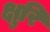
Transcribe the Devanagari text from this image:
क्षुरि